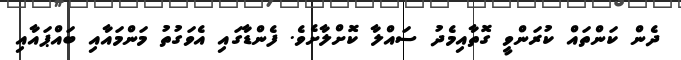
ދެން ކަންތައް ކުރަންވީ ގޮތާއިމެދު ސައްލާ ކޮށްލާށެވެ. ފެންޑާގައި އެވަގުތު މަންމައާއި ބައްޕައާއި